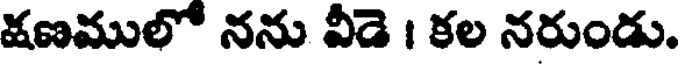
క్షణములో నను వీడె । కల నరుండు.